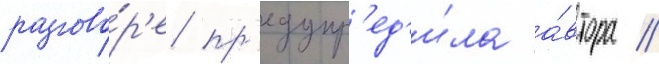
разгово́р'е пр'едупр'ед'и́ла а́втора /